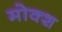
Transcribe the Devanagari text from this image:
मोक्श